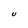
Character: U